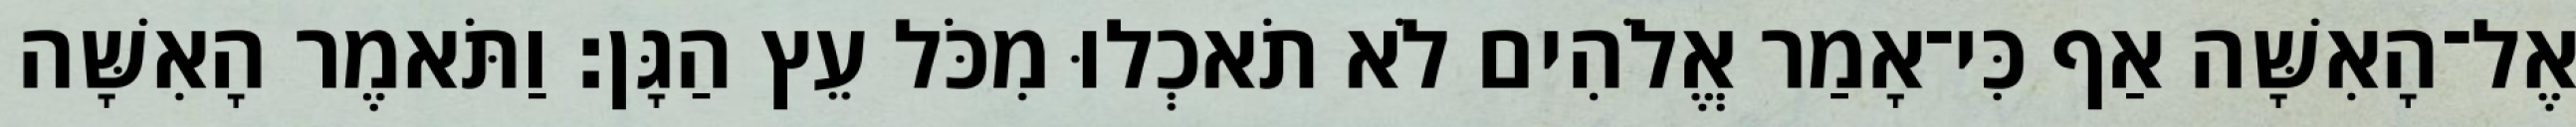
אֶל־הָאִשָּׁה אַף כִּי־אָמַר אֱלֹהִים לֹא תֹאכְלוּ מִכֹּל עֵץ הַגָּן׃ וַתֹּאמֶר הָאִשָּׁה